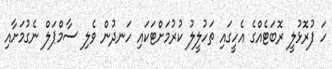
ހަ ފުރޮޅުލީ ރޮބަޓެއްގެ އެހީގައި ތަހުލީލު ކުރުމަށްޓަކައި ހަނދުން ވެލި ސާމްޕަލް ނެގުމަށާއި